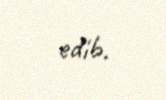
edib.